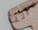
انت